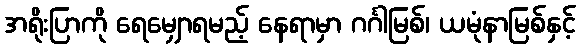
အရိုးပြာကို ရေမျှောရမည့် နေရာမှာ ဂင်္ဂါမြစ်၊ ယမုံနာမြစ်နှင့်